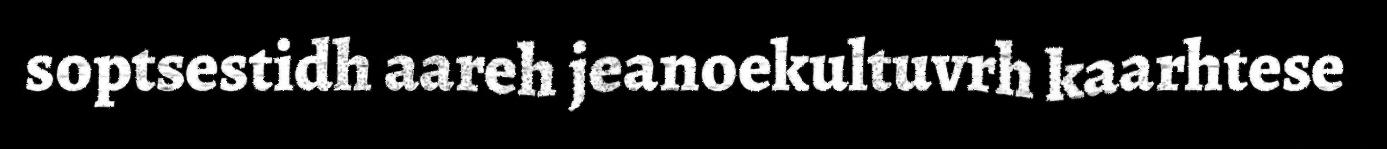
soptsestidh aareh jeanoekultuvrh kaarhtese